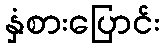
နှံစားပြောင်း